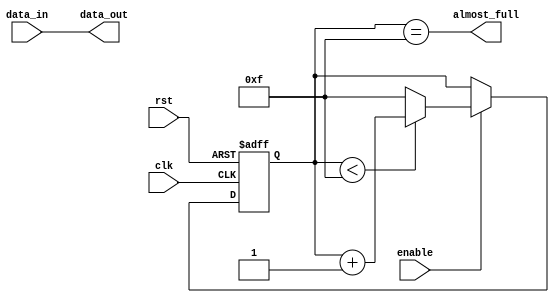
module Almost_Full_FIFO (
    input clk,
    input rst,
    input data_in,
    input enable,
    output reg data_out,
    output reg almost_full
);

reg [3:0] count;

always @(posedge clk or posedge rst) begin
    if (rst) begin
        count <= 4'b0000;
    end else begin
        if (enable) begin
            if (count < 4'b1111) begin
                count <= count + 1;
            end else begin
                count <= 4'b1111;
            end
        end
    end
end

assign data_out = data_in;
assign almost_full = (count == 4'b1111);

endmodule